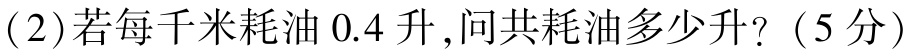
(2)若每千米耗油 \(0.4\) 升,问共耗油多少升?（5分）